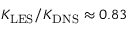
K _ { \mathrm { L E S } } / K _ { \mathrm { D N S } } \approx 0 { . } 8 3